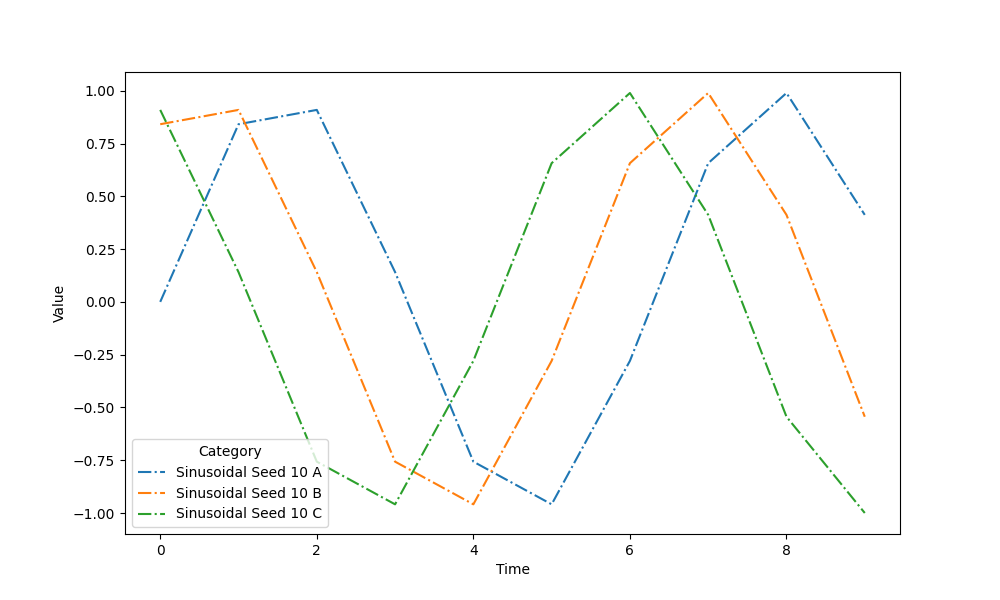
python, seaborn, lineplot, style='dashdot', marker='None'